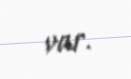
var.